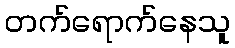
တက်ရောက်နေသူ